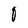
Character: O